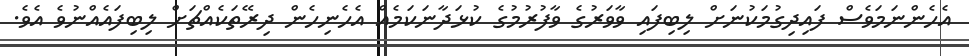
އެހެންނަމަވެސް ފައިދިގުމަކުނަށް ލިބިފައި ވާވަރުގެ ވާފުރުމުގެ ކުޅަދާނަކަމެއް އެހެނިހެން ދިރޭތަކެއްޗަށް ލިބިފައެއްނުވެ އެވެ.